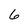
Character: 6